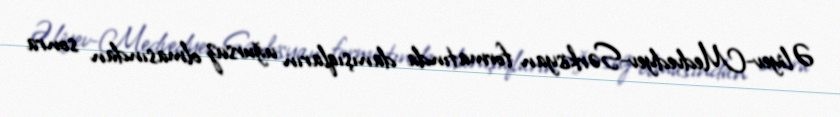
Əliyev-Medvedyev-Sərkisyan formatında danışıqların uğursuz olmasından sonra